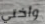
وأختي